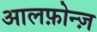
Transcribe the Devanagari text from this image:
आलफ़ोन्ज़